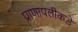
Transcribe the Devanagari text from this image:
प्राणापलीकडे